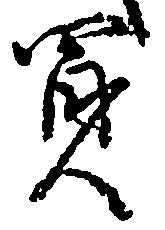
買